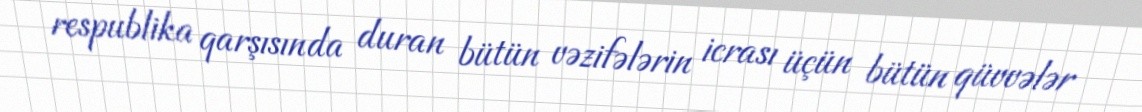
respublika qarşısında duran bütün vəzifələrin icrası üçün bütün qüvvələr